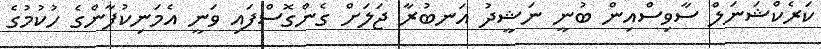
ކަރެކްޝަނަލް ސާވިސްއިން ބުނީ ނަޝީދު އަނބުރާ ޖަލަށް ގެންގޮސްފައި ވަނީ އެމަނިކުފާންގެ ހުކުމުގެ